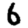
Digit: 6